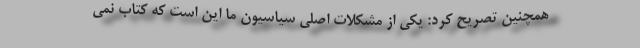
همچنین تصریح کرد: یکی از مشکلات اصلی سیاسیون ما این است که کتاب نمی